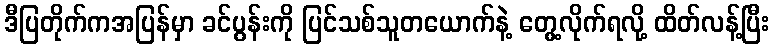
ဒီပြတိုက်ကအပြန်မှာ ခင်ပွန်းကို ပြင်သစ်သူတယောက်နဲ့ တွေ့လိုက်ရလို့ ထိတ်လန့်ပြီး